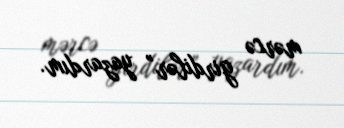
mərcə girdilər” yazardım.